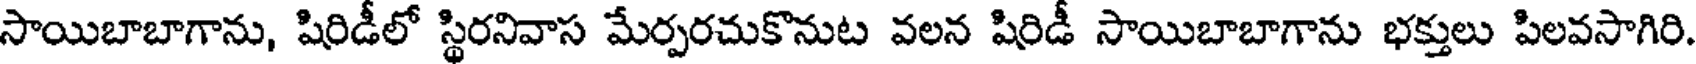
సాయిబాబాగాను, షిరిడీలో స్థిరనివాస మేర్పరచుకొనుట వలన షిరిడీ సాయిబాబాగాను భక్తులు పిలవసాగిరి.